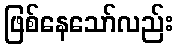
ဖြစ်နေသော်လည်း